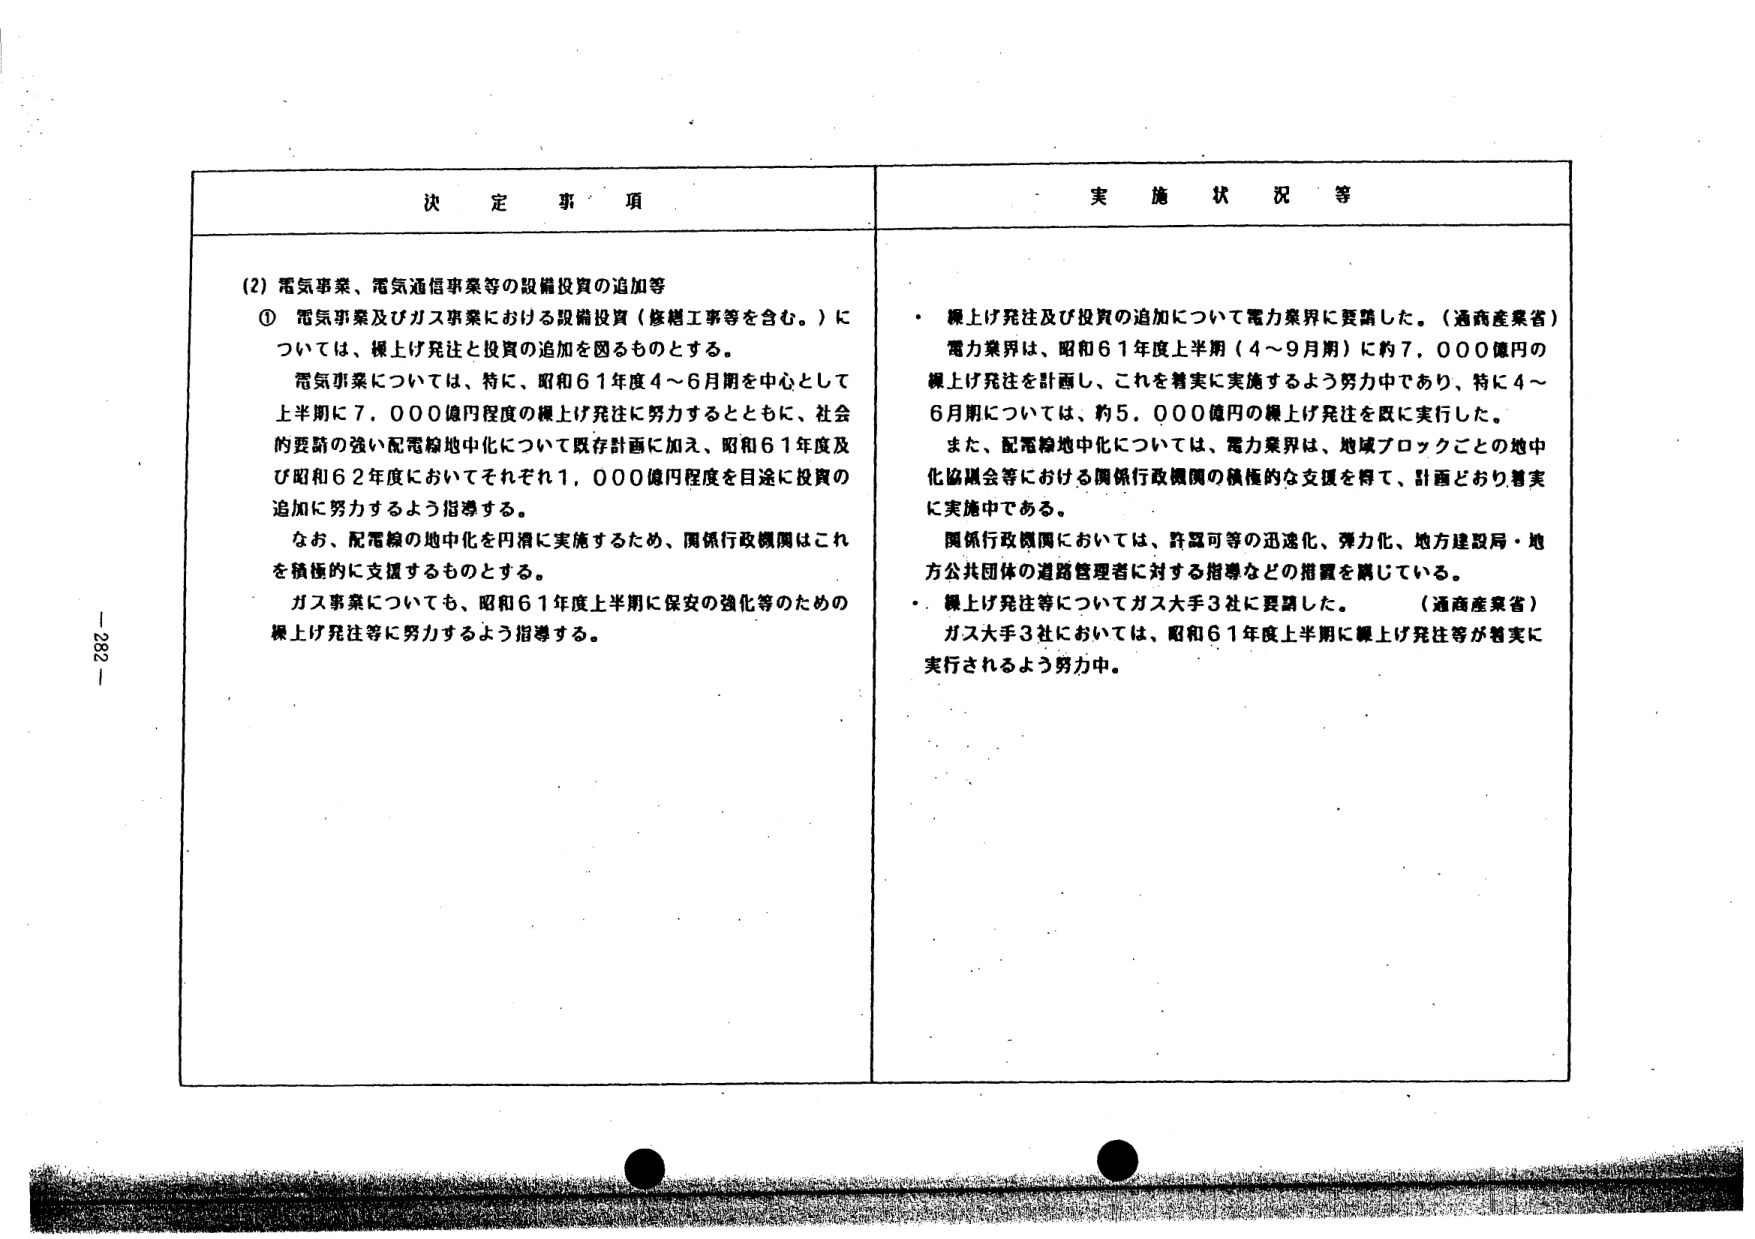
決 定 事 項

(2) 電気事業、電気通信事業等の設備投資の追加等
① 電気事業及びガス事業における設備投資（修繕工事等を含む。）については、繰上げ発注と投資の追加を図るものとする。
　電気事業については、特に、昭和61年度4～6月期を中心として上半期に7,000億円程度の繰上げ発注に努力するとともに、社会的要請の強い配電線地中化について既存計画に加え、昭和61年度及び昭和62年度においてそれぞれ1,000億円程度を目途に投資の追加に努力するよう指導する。
　なお、配電線の地中化を円滑に実施するため、関係行政機関はこれを積極的に支援するものとする。
　ガス事業についても、昭和61年度上半期に保安の強化等のための繰上げ発注等に努力するよう指導する。

実 施 状 況 等

・ 繰上げ発注及び投資の追加について電力業界に要請した。（通商産業省）
　電力業界は、昭和61年度上半期（4～9月期）に約7,000億円の繰上げ発注を計画し、これを着実に実施するよう努力中であり、特に4～6月期については、約5,000億円の繰上げ発注を既に実行した。
　また、配電線地中化については、電力業界は、地域ブロックごとの地中化協議会等における関係行政機関の積極的な支援を得て、計画どおり着実に実施中である。
　関係行政機関においては、許認可等の迅速化、弾力化、地方建設局・地方公共団体の道路管理者に対する指導などの措置を講じている。
・ 繰上げ発注等についてガス大手3社に要請した。（通商産業省）
　ガス大手3社においては、昭和61年度上半期に繰上げ発注等が着実に実行されるよう努力中。

- 282 -